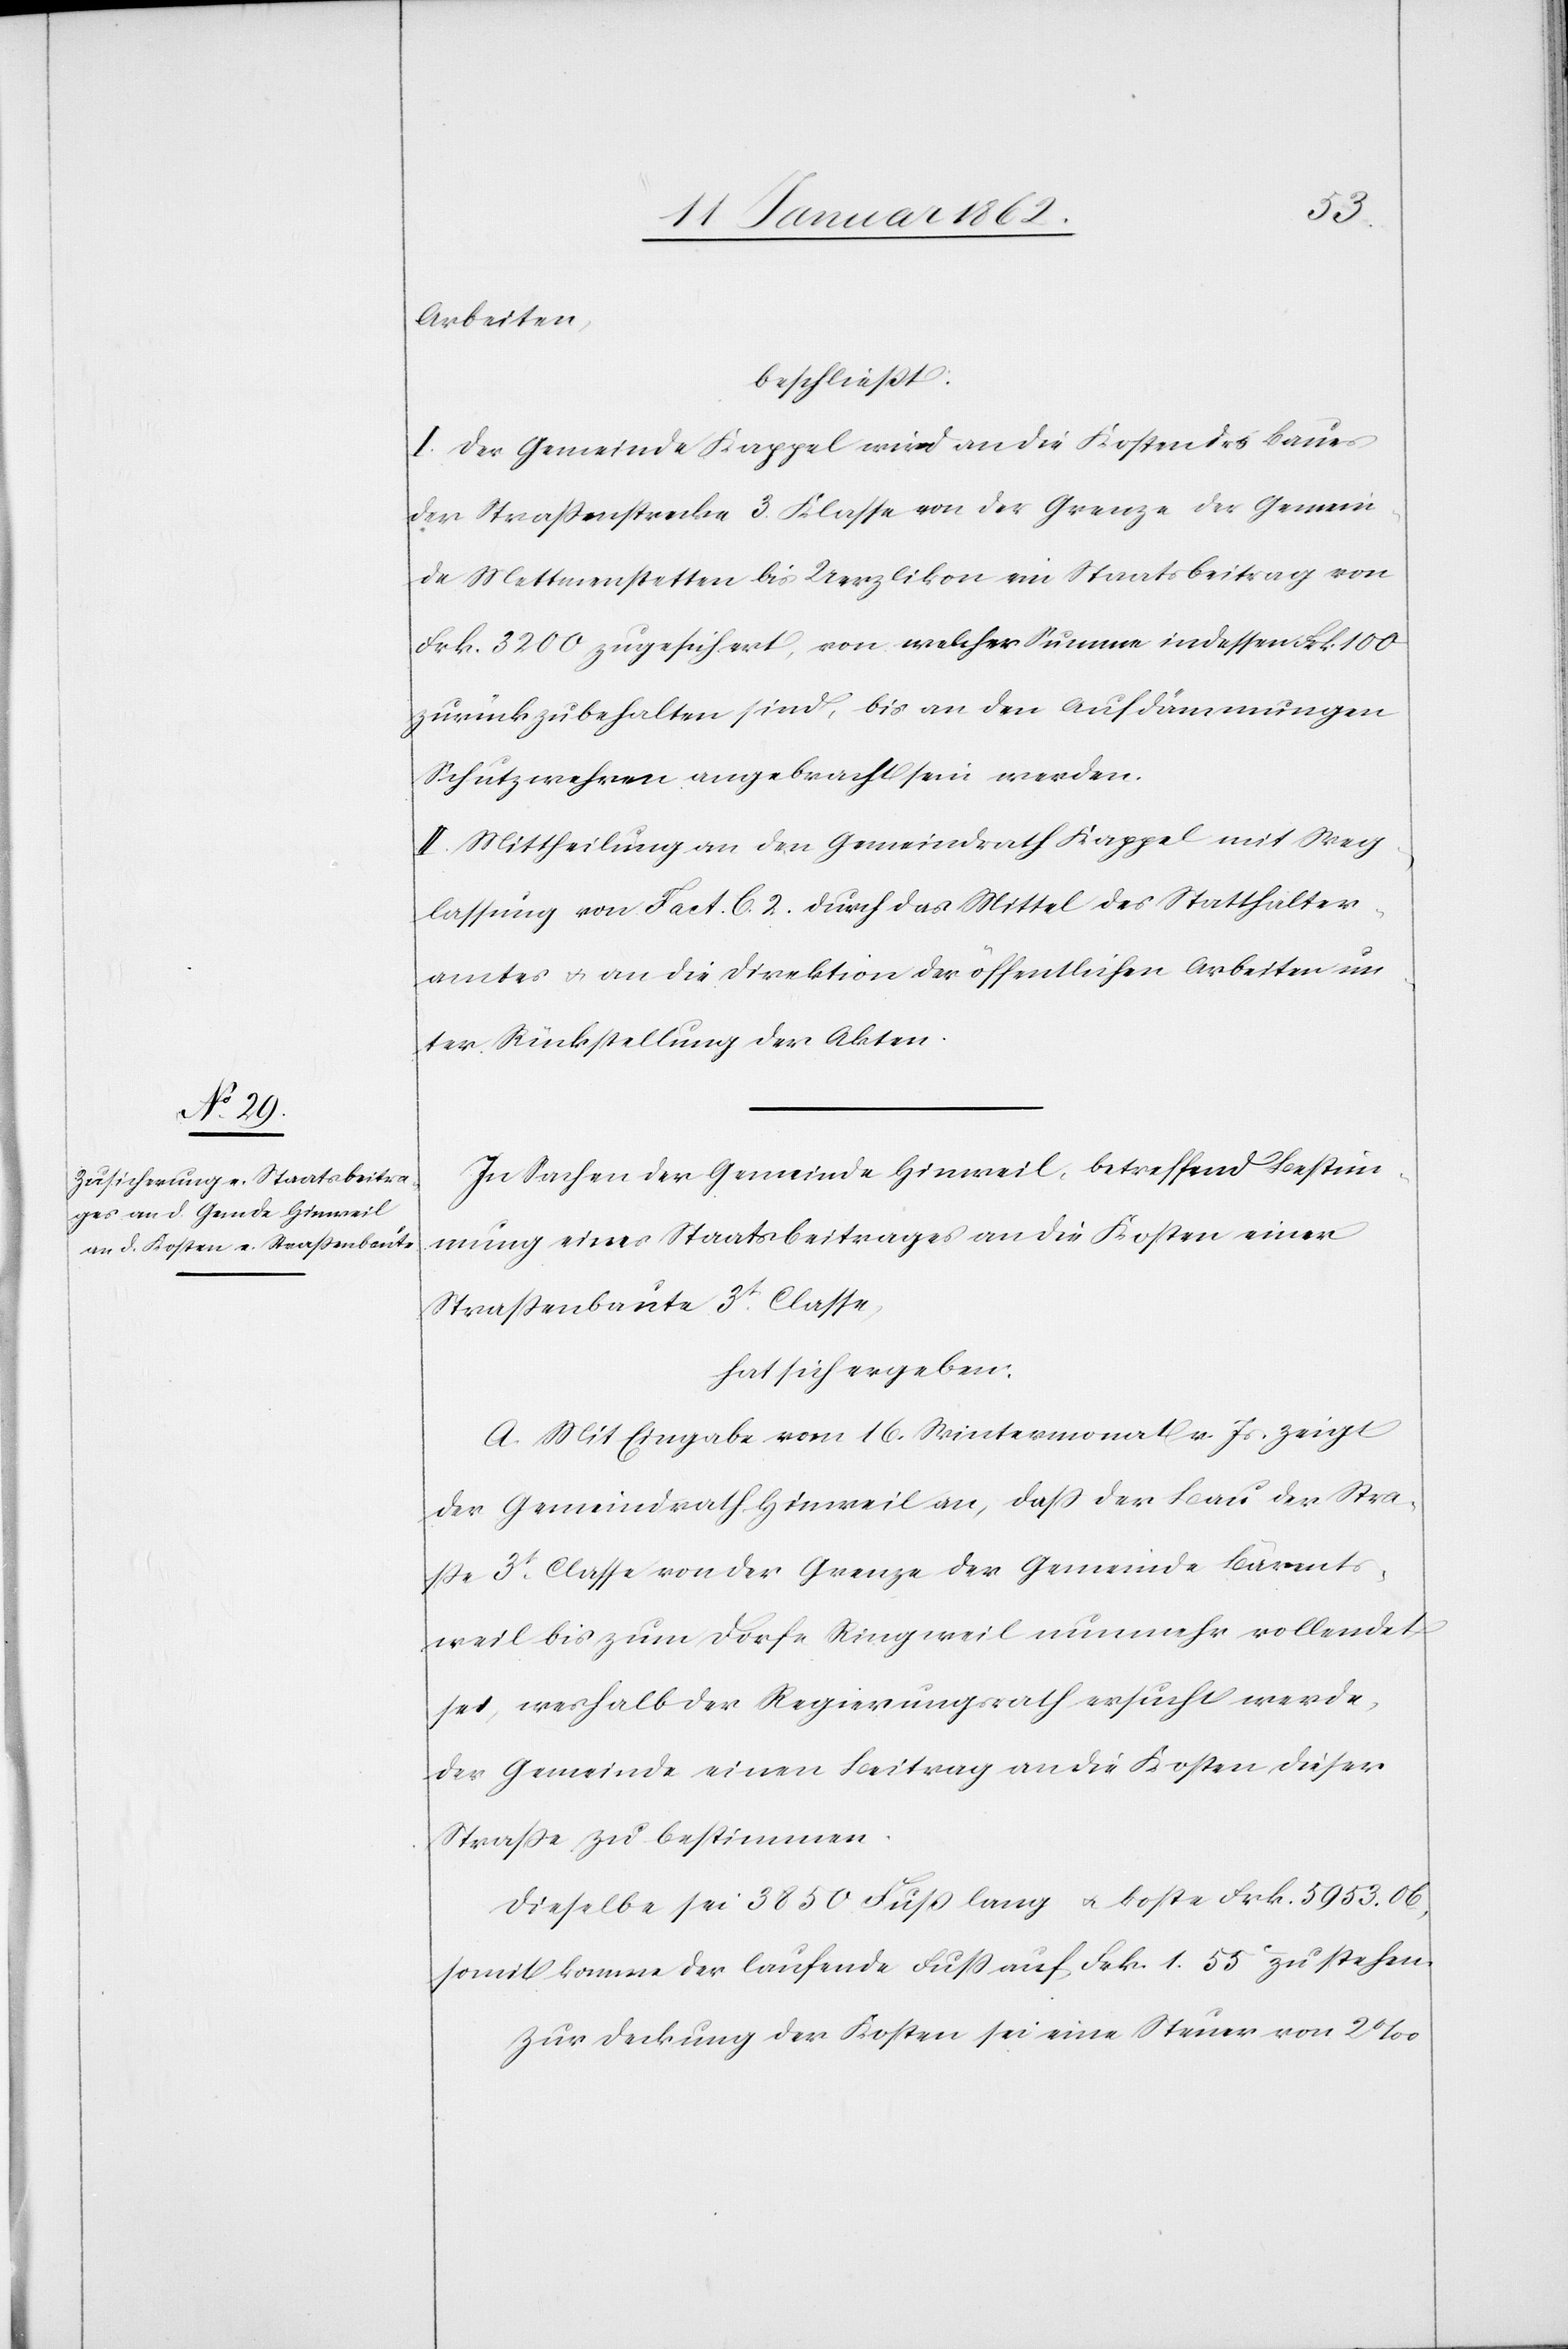
Arbeiten,
beschließt:
I. Der Gemeinde Kappel wird an die Kosten des Baues
der Straßenstrecke 3. Klasse von der Grenze der Gemein¬
de Mettmenstetten bis Uerzlikon ein Staatsbeitrag von
Frk. 3200 zugesichert, von welcher Summe indessen Frk. 100
zurückzubehalten sind, bis an den Aufdämmungen
Schutzwehren angebracht sein werden.
II. Mittheilung an den Gemeindrath Kappel mit Weg¬
lassung von Fact. C. 2. durch das Mittel des Statthalter¬
amtes u. an die Direktion der öffentlichen Arbeiten un¬
ter Rückstellung der Akten.
In Sachen der Gemeinde Hinweil, betreffend Bestim¬
mung eines Staatsbeitrages an die Kosten einer
Straßenbaute 3t. Classe,
hat sich ergeben:
A. Mit Eingabe vom 16. Wintermonat v. Js. zeigt
der Gemeindrath Hinweil an, daß der Bau der Stra¬
ße 3t. Classe von der Grenze der Gemeinde Bärents¬
weil bis zum Dorfe Ringweil nunmehr vollendet
sei, weshalb der Regierungsrath ersucht werde,
der Gemeinde einen Beitrag an die Kosten dieser
Straße zu bestimmen.
Dieselbe sei 3850 Fuß lang u. koste Frk. 5953.06,
somit komme der laufende Fuß auf Frk. 1.55 zu stehen.
Zur Deckung der Kosten sei eine Steuer von 2‰